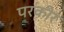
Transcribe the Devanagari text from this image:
परकीर